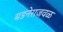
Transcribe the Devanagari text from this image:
बडनेराजवळ